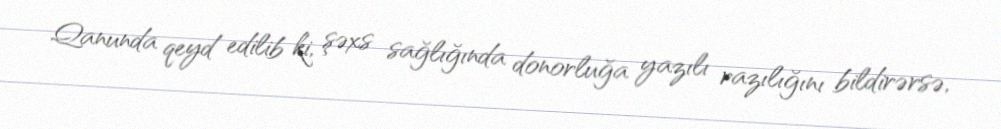
Qanunda qeyd edilib ki, şəxs sağlığında donorluğa yazılı razılığını bildirərsə,